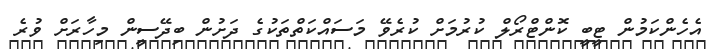
އެހެންކަމުން ޓީބީ ކޮންޓްރޯލް ކުރުމަށް ކުރެވޭ މަސައްކަތްތަކުގެ ދަށުން ބިދޭސީން މިހާރަށް ވުރެ